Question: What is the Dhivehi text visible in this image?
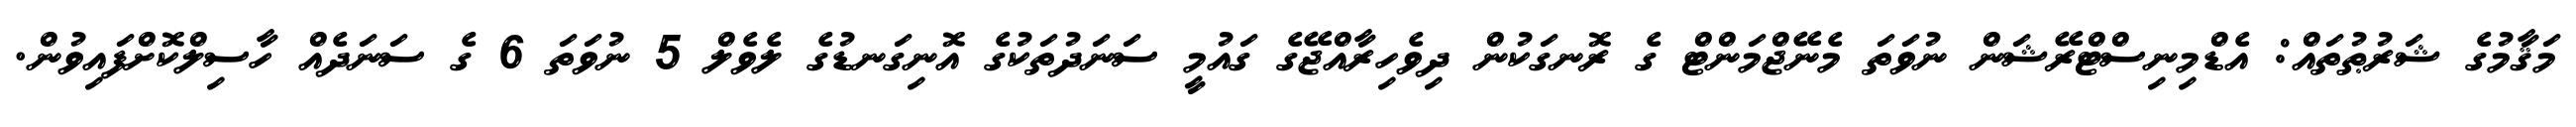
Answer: މަޤާމުގެ ޝަރުޠުތައް: އެޑްމިނިސްޓްރޭޝަން ނުވަތަ މެނޭޖްމަންޓް ގެ ރޮނގަކުން ދިވެހިރާއްޖޭގެ ގައުމީ ސަނަދުތަކުގެ އޮނިގަނޑުގެ ލެވެލް 5 ނުވަތަ 6 ގެ ސަނަދެއް ހާސިލްކޮށްފައިވުން.